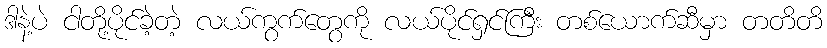
ဒါနဲ့ပဲ ငါတို့ပိုင်ခဲ့တဲ့ လယ်ကွက်တွေကို လယ်ပိုင်ရှင်ကြီး တစ်ယောက်ဆီမှာ တတိတိ